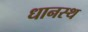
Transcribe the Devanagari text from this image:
धानस्थ